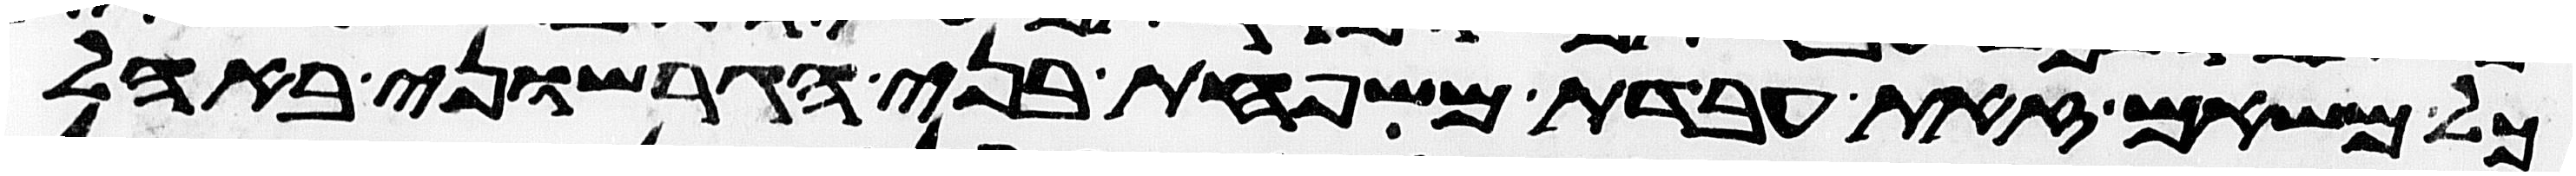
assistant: כל משאם זאת עבדת משפחת בני הגרשוני באהל